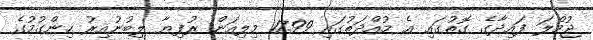
ޖުމްލަ ފައިދާގެ ގޮތުގައި އެ މުއްދަތުގައި 17.99 މިލިއަން ރުފިޔާ ލިބުނުއިރު ހިންގުމުގެ